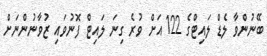
ބޭނުންވާ ލެޑް ލައިޓްގެ 122 އަށް ވުރެ ގިނަ ލައިޓް ފޮނުވައި ޒުވާނުންނަށް